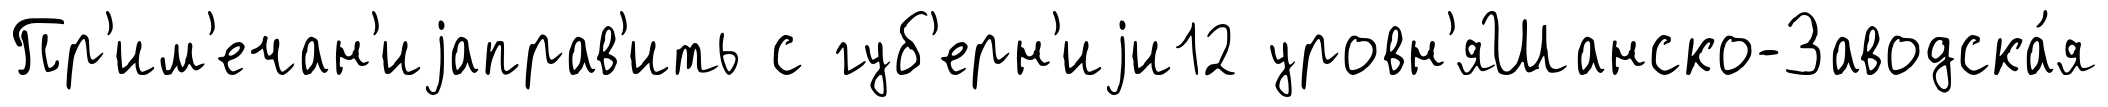
Пр'им'ечан'иjаправ'ить с губ'ерн'иjи12 уровн'яШанско-Заводска́я